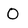
Character: 0